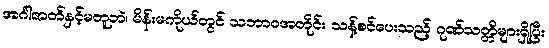
အင်္ဂါဇာတ်နှင့်မတူဘဲ၊ မိန်းမကိုယ်တွင် သဘာဝအတိုင်း သန့်စင်ပေးသည့် ဂုဏ်သတ္တိများရှိပြီး